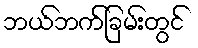
ဘယ်ဘက်ခြမ်းတွင်